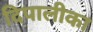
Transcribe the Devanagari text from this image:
दिपालीका